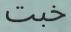
خبت